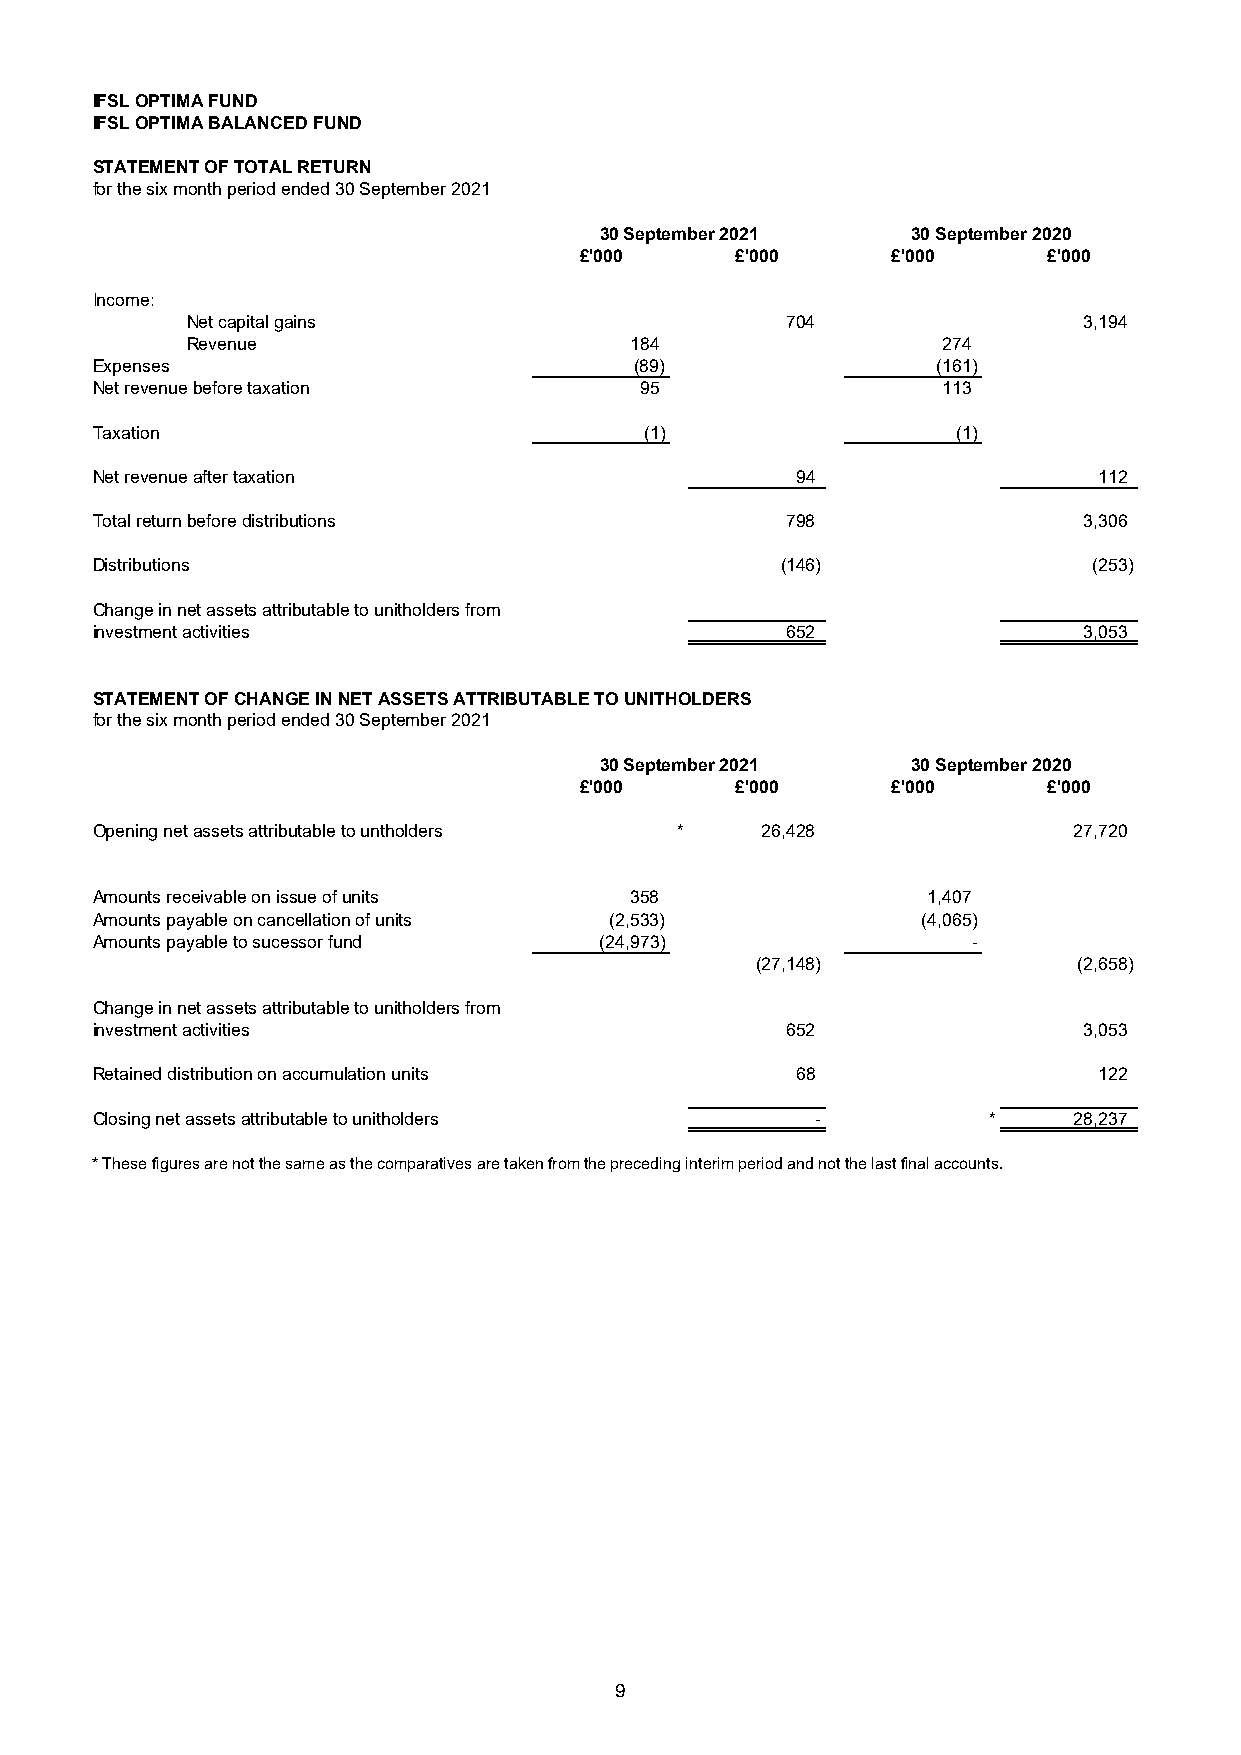
IFSL OPTIMA FUND
 IFSL OPTIMA BALANCED FUND
 STATEMENT OF TOTAL RETURN
 for the six month period ended 30 September 2021
 30 September 2021   30 September 2020
 £'000      £'000     £'000     £'000
 Income:
 Net capital gains                       704                 3,194
 Revenue                       184                 274
 Expenses                            (89)                (161)
 Net revenue before taxation         95                  113
 Taxation                             (1)                 (1)
 Net revenue after taxation                     94                  112
 Total return before distributions             798                 3,306
 Distributions                                 (146)               (253)
 Change in net assets attributable to unitholders from
 investment activities                         652                 3,053
 STATEMENT OF CHANGE IN NET ASSETS ATTRIBUTABLE TO UNITHOLDERS
 for the six month period ended 30 September 2021
 30 September 2021   30 September 2020
 £'000      £'000     £'000     £'000
 Opening net assets attributable to untholders * 26,428           27,720
 Amounts receivable on issue of units 358               1,407
 Amounts payable on cancellation of units (2,533)       (4,065)
 Amounts payable to sucessor fund  (24,973)                -
 (27,148)             (2,658)
 Change in net assets attributable to unitholders from
 investment activities                         652                 3,053
 Retained distribution on accumulation units    68                  122
 Closing net assets attributable to unitholders  -          *     28,237
 * These figures are not the same as the comparatives are taken from the preceding interim period and not the last final accounts.
 9